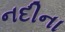
નદીના